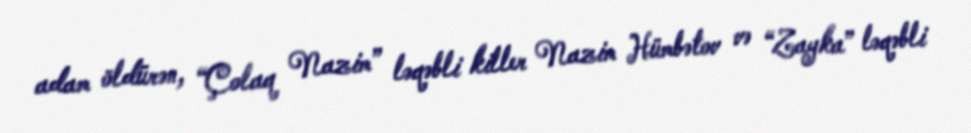
adam öldürən, “Çolaq Nazim” ləqəbli killer Nazim Hümbətov və “Zayka” ləqəbli